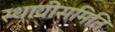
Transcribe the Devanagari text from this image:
स्थायीसमिति